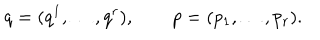
q = ( q ^ { 1 } , \ldots , q ^ { r } ) , \qquad p = ( p _ { 1 } , \ldots , p _ { r } ) .